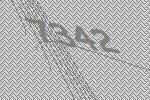
7342